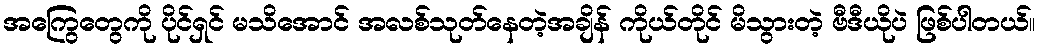
အကြွေတွေကို ပိုင်ရှင် မသိအောင် အလစ်သုတ်နေတဲ့အချိန် ကိုယ်တိုင် မိသွားတဲ့ ဗီဒီယိုပဲ ဖြစ်ပါတယ်။